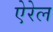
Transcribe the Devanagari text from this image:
ऐरेल